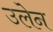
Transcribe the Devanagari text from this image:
उलेन